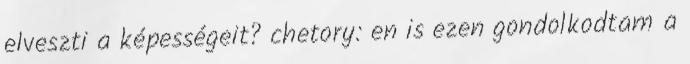
elveszti a képességeit? chetory: en is ezen gondolkodtam a